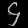
Digit: ၄